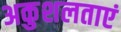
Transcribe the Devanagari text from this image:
अकुशलताएं